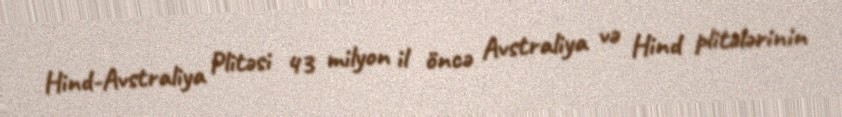
Hind-Avstraliya Plitəsi 43 milyon il öncə Avstraliya və Hind plitələrinin